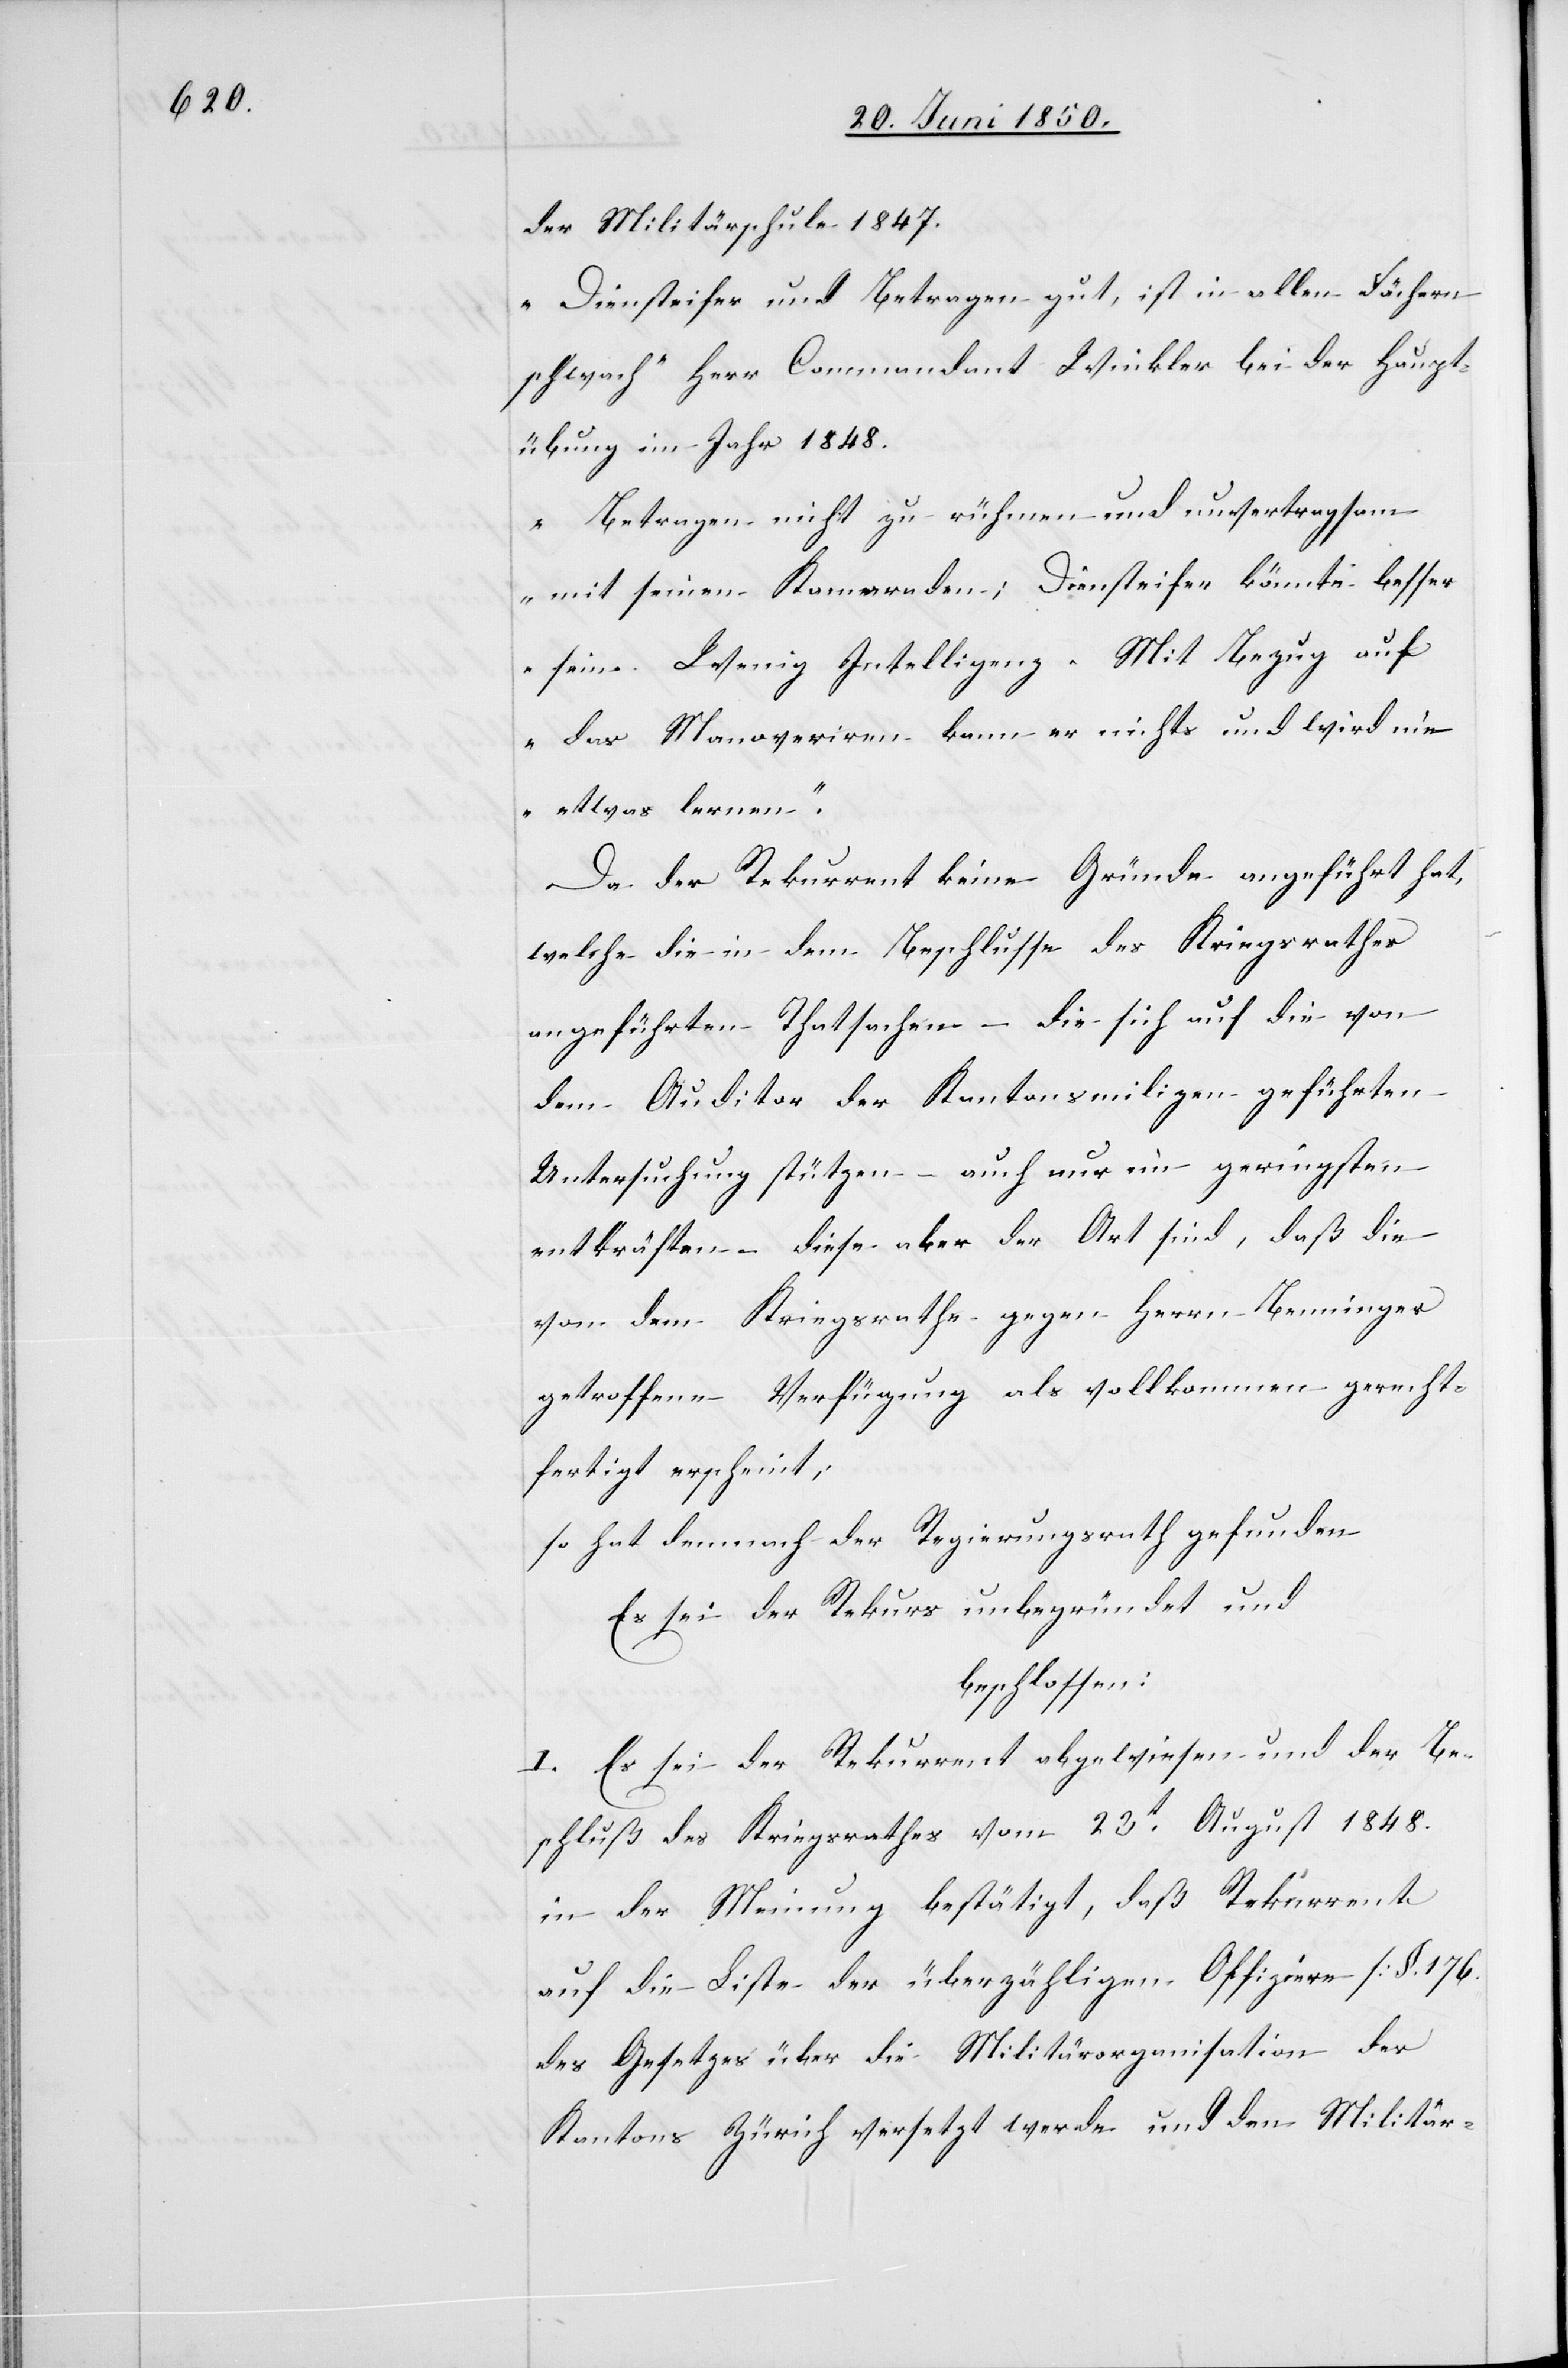
der Militärschule 1847.
„Diensteifer und Betragen gut, ist in allen Fächern
schwach“ Herr Commandant Winkler bei der Haupt¬
übung im Jahr 1848.
„Betragen nicht zu rühmen und unvertragsam
mit seinen Kameraden; Diensteifer könnte besser
sein. Wenig Intelligenz. Mit Bezug auf
das Manoveriren kann er nichts und wird nie
etwas lernen.“
Da der Rekurrent keine Gründe angeführt hat,
welche die in dem Beschlusse des Kriegsrathes
angeführten Thatsachen – die sich auf die von
dem Auditor der Kantonsmilizen geführten
Untersuchung stützen – auch nur im geringsten
entkräften – diese aber der Art sind, daß die
von dem Kriegsrathe gegen Herrn Benninger
getroffene Verfügung als vollkommen gerecht¬
fertigt erscheint;
so hat demnach der Regierungsrath gefunden
Es sei der Rekurs unbegründet und
beschlossen:
I. Es sei der Rekurrent abgewiesen und der Be¬
schluß des Kriegsrathes vom 23t August 1848.
in der Meinung bestätigt, daß Rekurrent
auf die Liste der überzähligen Offiziere [§. 176.
des Gesetzes über die Militärorganisation des
Kantons Zürich[]] versetzt werde und den Militär-